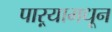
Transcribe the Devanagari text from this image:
पाऱ्यामधून